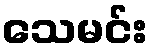
သေမင်း